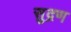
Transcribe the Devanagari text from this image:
सुद्रण